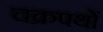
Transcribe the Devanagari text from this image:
चक्रपथों